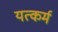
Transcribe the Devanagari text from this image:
यत्कर्म